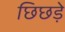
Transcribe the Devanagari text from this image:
छिछड़े